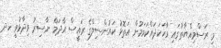
މި ރަސްމިއްޔާތުގައި ވާހަކަދައްކަވަމުން އަތޮޅު ކައުންސިލްގެ ރައީސް އާދަމް ނާސިރު ވިދާޅުވީ ހދ